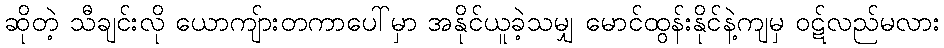
ဆိုတဲ့ သီချင်းလို ယောကျ်ားတကာပေါ်မှာ အနိုင်ယူခဲ့သမျှ မောင်ထွန်းနိုင်နဲ့ကျမှ ဝဋ်လည်မလား